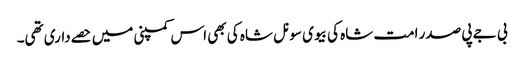
بی جے پی صدر امت شاہ کی بیوی سونل شاہ کی بھی اس کمپنی میں حصےداری تھی۔